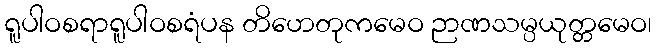
ရူပါဝစရာရူပါဝစရံပန တိဟေတုကမေဝ ဉာဏသမ္ပယုတ္တမေဝ၊